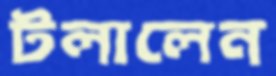
টলালেন